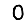
Digit: 0